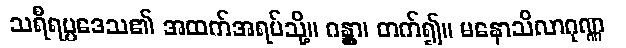
သရီရပ္ပဒေသ၏ အထက်အရပ်သို့။ ဂန္တွာ၊ တက်၍။ မနောသိလာဂုဏ္ဏ